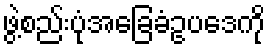
ဖွဲ့စည်းပုံအခြေခံဥပဒေကို